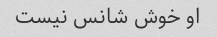
او خوش شانس نیست